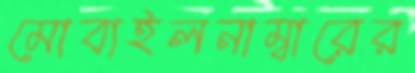
মোবাইলনাম্বারের